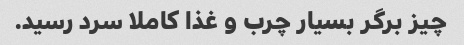
چیز برگر بسیار چرب و غذا کاملا سرد رسید.